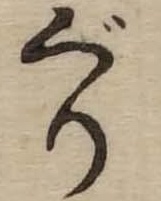
ぐり